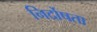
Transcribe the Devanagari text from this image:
निर्दोषता